Plague in India, 1896, 1897 - Volume 3
Year: 1896
Disease focus: Plague
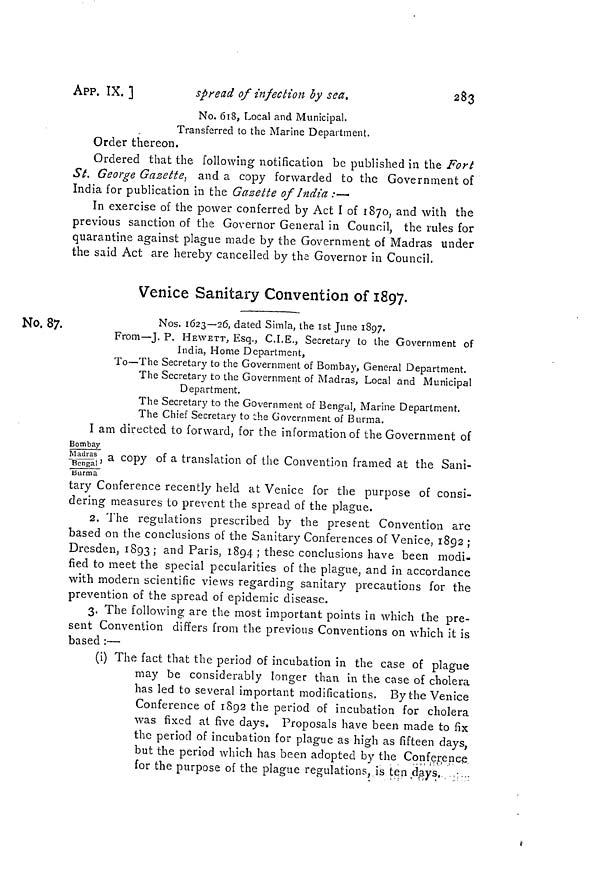
APP. IX. ]
spread of infection by sea.
283
No. 618, Local and Municipal.
Transferred to the Marine Department.
Order thereon.
Ordered that the following notification be published in the Fort
St. George Gazette, and a copy forwarded to the Government of
India for publication in the Gazette of India :—•
In exercise of the power conferred by Act I of 1870, and with the
previous sanction of the Governor General in Council, the rules for
quarantine against plague made by the Government of Madras under
the said Act are hereby cancelled by the Governor in Council.
Venice Sanitary Convention of 1897.
No. 87.
Nos. 1623—26, dated Simla, the 1st June 1897.
From—J. P. HEWETT, Esq., C.I.E., Secretary to the Government of
India, Home Department,
To—The Secretary to the Government of Bombay, General Department.
The Secretary to the Government of Madras, Local and Municipal
Department.
The Secretary to the Government of Bengal, Marine Department.
The Chief Secretary to the Government of Burma.
I am directed to forward, for the information of the Government of
Bombay
Madras a CO py o f a translation of the Convention framed at the Sani-
Bengal '
Burma
tary Conference recently held at Venice for the purpose of consi-
dering measures to prevent the spread of the plague.
2. The regulations prescribed by the present Convention are
based on the conclusions of the Sanitary Conferences of Venice, 1892 ;
Dresden, 1893 ; and Paris, 1894 ; these conclusions have been modi-
fied to meet the special pecularities of the plague, and in accordance
with modern scientific views regarding sanitary precautions for the
prevention of the spread of epidemic disease.
3. The following are the most important points in which the pre-
sent Convention differs from the previous Conventions on which it is
based :—
(i) The fact that the period of incubation in the case of plague
may be considerably longer than in the case of cholera
has led to several important modifications. By the Venice
Conference of 1892 the period of incubation for cholera
was fixed at five days. Proposals have been made to fix
the period of incubation for plague as high as fifteen days,
but the period which has been adopted by the Conference,
for the purpose of the plague regulations, is ten days,